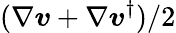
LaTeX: (\nabla\boldsymbol{\mathit{v}}+\nabla\boldsymbol{\mathit{v}}^{\dagger})/2